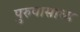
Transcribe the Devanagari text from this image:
पुरुषासाध्य